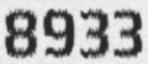
8933